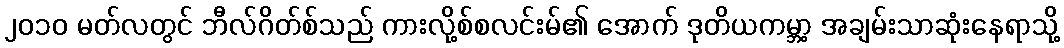
၂၀၁၀ မတ်လတွင် ဘီလ်ဂိတ်စ်သည် ကားလို့စ်စလင်းမ်၏ အောက် ဒုတိယကမ္ဘာ့ အချမ်းသာဆုံးနေရာသို့